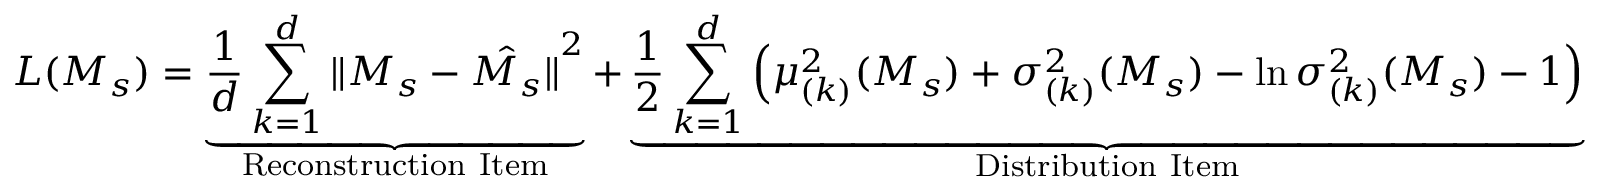
L ( \boldsymbol { M _ { s } } ) = \underbrace { \frac { 1 } { d } \sum _ { k = 1 } ^ { d } { \| \boldsymbol { M _ { s } } - \hat { \boldsymbol { M _ { s } } } \| } ^ { 2 } } _ { \mathrm { R e c o n s t r u c t i o n ~ I t e m } } + \underbrace { \frac { 1 } { 2 } \sum _ { k = 1 } ^ { d } \left( \mu _ { ( k ) } ^ { 2 } ( \boldsymbol { M _ { s } } ) + \sigma _ { ( k ) } ^ { 2 } ( \boldsymbol { M _ { s } } ) - \ln \sigma _ { ( k ) } ^ { 2 } ( \boldsymbol { M _ { s } } ) - 1 \right) } _ { \mathrm { D i s t r i b u t i o n ~ I t e m } }